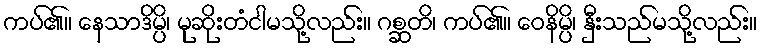
ကပ်၏။ နေသာဒိမ္ပိ၊ မုဆိုးတံငါမသို့လည်း။ ဂစ္ဆတိ၊ ကပ်၏။ ဝေနိမ္ပိ၊ နှီးသည်မသို့လည်း။